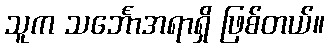
သူက သင်္ဘောအရာရှိ ဖြစ်တယ်။